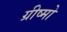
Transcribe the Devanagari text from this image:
ग्रीष्मो